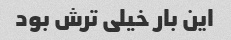
این بار خیلی ترش بود